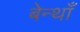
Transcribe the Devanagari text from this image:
बेन्थाँ